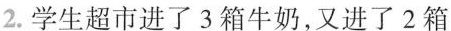
2. 学生超市进了 3 箱牛奶，又进了 2 箱